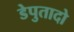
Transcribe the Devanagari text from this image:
डेपुतादो